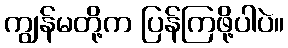
ကျွန်မတို့က ပြန်ကြဖို့ပါပဲ။